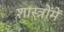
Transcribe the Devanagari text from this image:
शास्‍त्रोंमें